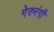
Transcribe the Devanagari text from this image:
गेरुरंगी